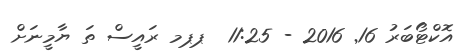
އޮކްޓޯބަރު 16